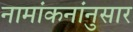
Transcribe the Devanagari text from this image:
नामांकनांनुसार